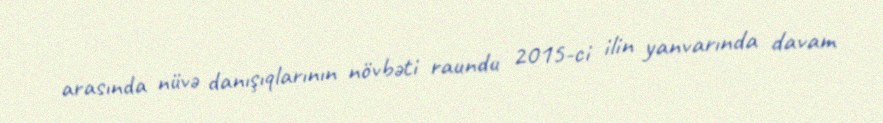
arasında nüvə danışıqlarının növbəti raundu 2015-ci ilin yanvarında davam